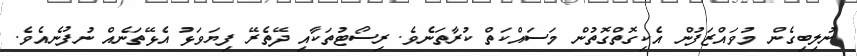
ނުލިބިގެން މުވައްޒަފުން އެކިގޮތްގޮތުން މަސައްކަތް ކުރާތަނެވެ. ރިސޯޓުތަކާއި ދޭތެރޭ ފިޔަވަޅު އެޅޭތަނެއް ނުފުނެއެވެ.